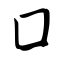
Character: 囗